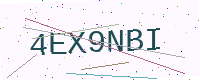
Text: 4EX9NBI